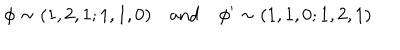
\phi \sim ( 1 , 2 , 1 ; 1 , 1 , 0 ) \quad \mathrm { a n d } \quad \phi ^ { \prime } \sim ( 1 , 1 , 0 ; 1 , 2 , 1 )